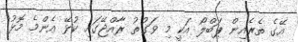
އޭގެ ތެރެއިން ޕަބްލޯ އަކީ މި ވަގުތު ރާއްޖޭގައި ކުޅޭ އެންމެ މޮޅު